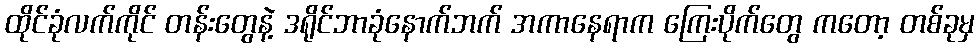
ထိုင်ခုံလက်ကိုင် တန်းတွေနဲ့ ဒရိုင်ဘာခုံနောက်ဘက် အကာနေရာက ကြေးပိုက်တွေ ကတော့ တစ်ခုမှ